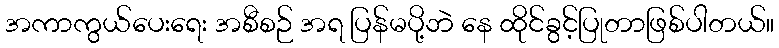
အကာကွယ်ပေးရေး အစီစဉ် အရ ပြန်မပို့ဘဲ နေ ထိုင်ခွင့်ပြုတာဖြစ်ပါတယ်။